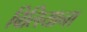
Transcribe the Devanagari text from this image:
बिलियाना